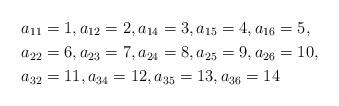
LaTeX: \begin{align*}a_{11}&=1, a_{12}=2, a_{14}=3, a_{15}=4, a_{16}=5,\\a_{22}&=6, a_{23}=7, a_{24}=8,a_{25}=9,a_{26}=10,\\a_{32}&=11,a_{34}=12,a_{35}=13,a_{36}=14\end{align*}